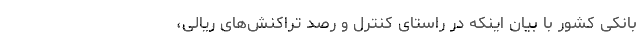
بانکی کشور با بیان اینکه در راستای کنترل و رصد تراکنش‌های ریالی،